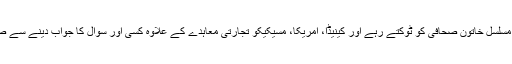
سسیلیا ویگا اپنے سوال میں امریکی صدر کے ٹویٹ کی وضاحت چاہ رہی تھی لیکن صدر ٹرمپ مسلسل خاتون صحافی کو ٹوکتے رہے اور کینیڈا، امریکا، مسیکیکو تجارتی معاہدے کے علاوہ کسی اور سوال کا جواب دینے سے صاف انکار کردیا، امریکی صدر نے دوسری خاتون صحافی کے ساتھ بھی یہی رویہ اپنائے رکھا۔